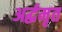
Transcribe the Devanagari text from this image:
अर्द्धमृत